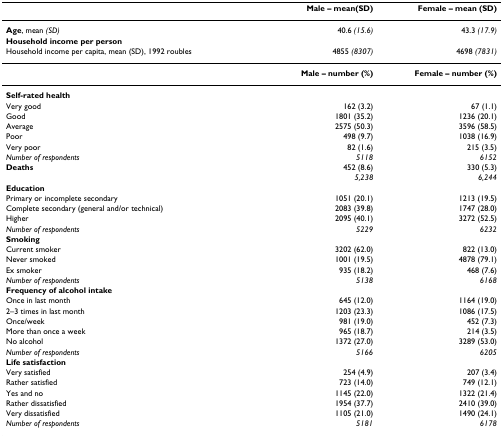
<table><thead><tr><td></td><td><b>Male – mean(SD)</b></td><td><b>Female – mean (SD)</b></td></tr></thead><tbody><tr><td><b>Age</b>, mean <i>(SD) </i></td><td>40.6 <i>(15.6)</i></td><td>43.3 <i>(17.9)</i></td></tr><tr><td><b>Household income per person</b></td><td></td><td></td></tr><tr><td>Household income per capita, mean (SD), 1992 roubles</td><td>4855 <i>(8307)</i></td><td>4698 <i>(7831)</i></td></tr><tr><td></td><td><b>Male – number (%)</b></td><td><b>Female – number (%)</b></td></tr><tr><td><b>Self-rated health</b></td><td></td><td></td></tr><tr><td>Very good</td><td>162 (3.2)</td><td>67 (1.1)</td></tr><tr><td>Good</td><td>1801 (35.2)</td><td>1236 (20.1)</td></tr><tr><td>Average</td><td>2575 (50.3)</td><td>3596 (58.5)</td></tr><tr><td>Poor</td><td>498 (9.7)</td><td>1038 (16.9)</td></tr><tr><td>Very poor</td><td>82 (1.6)</td><td>215 (3.5)</td></tr><tr><td><i>Number of respondents</i></td><td><i>5118</i></td><td><i>6152</i></td></tr><tr><td><b>Deaths</b></td><td>452 (8.6)</td><td>330 (5.3)</td></tr><tr><td></td><td><i>5,238</i></td><td><i>6,244</i></td></tr><tr><td><b>Education</b></td><td></td><td></td></tr><tr><td>Primary or incomplete secondary</td><td>1051 (20.1)</td><td>1213 (19.5)</td></tr><tr><td>Complete secondary (general and/or technical)</td><td>2083 (39.8)</td><td>1747 (28.0)</td></tr><tr><td>Higher</td><td>2095 (40.1)</td><td>3272 (52.5)</td></tr><tr><td><i>Number of respondents</i></td><td><i>5229</i></td><td><i>6232</i></td></tr><tr><td><b>Smoking</b></td><td></td><td></td></tr><tr><td>Current smoker</td><td>3202 (62.0)</td><td>822 (13.0)</td></tr><tr><td>Never smoked</td><td>1001 (19.5)</td><td>4878 (79.1)</td></tr><tr><td>Ex smoker</td><td>935 (18.2)</td><td>468 (7.6)</td></tr><tr><td><i>Number of respondents</i></td><td><i>5138</i></td><td><i>6168</i></td></tr><tr><td><b>Frequency of alcohol intake</b></td><td></td><td></td></tr><tr><td>Once in last month</td><td>645 (12.0)</td><td>1164 (19.0)</td></tr><tr><td>2–3 times in last month</td><td>1203 (23.3)</td><td>1086 (17.5)</td></tr><tr><td>Once/week</td><td>981 (19.0)</td><td>452 (7.3)</td></tr><tr><td>More than once a week</td><td>965 (18.7)</td><td>214 (3.5)</td></tr><tr><td>No alcohol</td><td>1372 (27.0)</td><td>3289 (53.0)</td></tr><tr><td><i>Number of respondents</i></td><td><i>5166</i></td><td><i>6205</i></td></tr><tr><td><b>Life satisfaction</b></td><td></td><td></td></tr><tr><td>Very satisfied</td><td>254 (4.9)</td><td>207 (3.4)</td></tr><tr><td>Rather satisfied</td><td>723 (14.0)</td><td>749 (12.1)</td></tr><tr><td>Yes and no</td><td>1145 (22.0)</td><td>1322 (21.4)</td></tr><tr><td>Rather dissatisfied</td><td>1954 (37.7)</td><td>2410 (39.0)</td></tr><tr><td>Very dissatisfied</td><td>1105 (21.0)</td><td>1490 (24.1)</td></tr><tr><td><i>Number of respondents</i></td><td><i>5181</i></td><td><i>6178</i></td></tr></tbody></table>